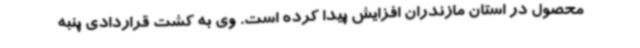
محصول در استان مازندران افزایش پیدا کرده است. وی به کشت قراردادی پنبه